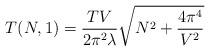
LaTeX: \begin{align*}T(N,1) = \frac{TV}{2\pi^2 \lambda}\sqrt{N^2 + \frac{4\pi^4}{V^2}}\end{align*}